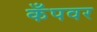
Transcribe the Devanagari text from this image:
कँपवर